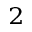
^ 2